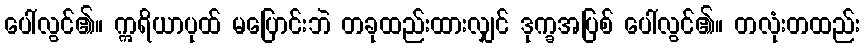
ပေါ်လွင်၏။ ဣရိယာပုထ် မပြောင်းဘဲ တခုထည်းထားလျှင် ဒုက္ခအပြစ် ပေါ်လွင်၏။ တလုံးတထည်း